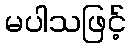
မပါသဖြင့်